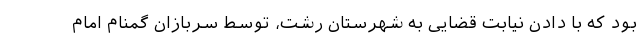
بود که با دادن نیابت قضایی به شهرستان رشت، توسط سربازان گمنام امام